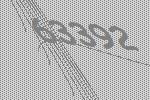
63392